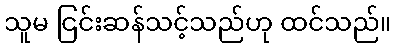
သူမ ငြင်းဆန်သင့်သည်ဟု ထင်သည်။